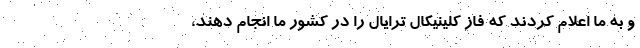
و به ما اعلام کردند که فاز کلینیکال ترایال را در کشور ما انجام دهند،